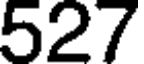
527